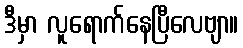
ဒီမှာ လူရောက်နေပြီလေဗျာ။